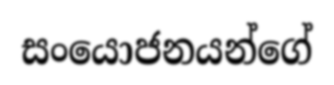
සංයොජනයන්ගේ